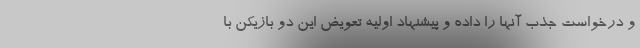
و درخواست جذب آنها را داده و پیشنهاد اولیه تعویض این دو بازیکن با